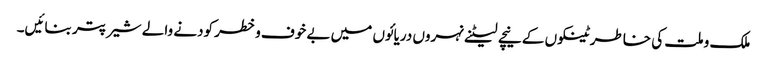
ملک و ملت کی خاطر ٹینکوں کے نیچے لیٹنے نہروں دریائوں میں بے خوف وخطر کودنے والے شیر پتر بنائیں۔